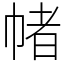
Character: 帾